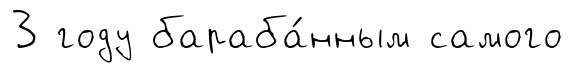
3 году бараба́нным самого